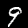
Digit: 9